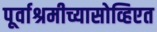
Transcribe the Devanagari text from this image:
पूर्वाश्रमीच्यासोव्हिएत